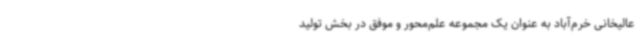
عالیخانی خرم‌آباد به عنوان یک مجموعه علم‌محور و موفق در بخش تولید